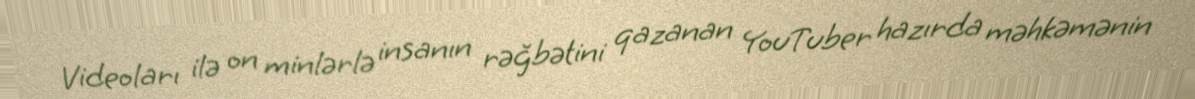
Videoları ilə on minlərlə insanın rəğbətini qazanan YouTuber hazırda məhkəmənin